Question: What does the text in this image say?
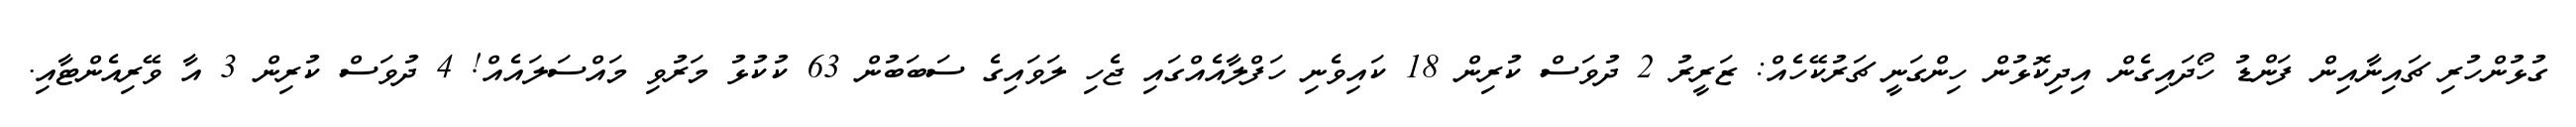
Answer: ގުޅުންހުރި ޗައިނާއިން ފަންޑު ހޯދައިގެން އިދިކޮޅުން ހިންގަނީ ޗަރުކޭހެއް: ޒަރީރު 2 ދުވަސް ކުރިން 18 ކައިވެނި ހަފްލާއެއްގައި ޖެހި ލަވައިގެ ސަބަބުން 63 ކުކުޅު މަރުވި މައްސަލައެއް! 4 ދުވަސް ކުރިން 3 އާ ވޭރިއެންޓާއި.